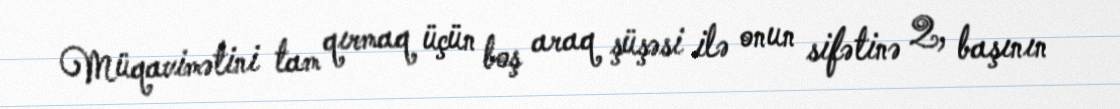
Müqavimətini tam qırmaq üçün boş araq şüşəsi ilə onun sifətinə 2, başının